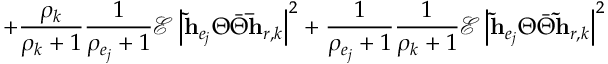
+ \frac { \rho _ { k } } { \rho _ { k } + 1 } \frac { 1 } { \rho _ { e _ { j } } + 1 } \mathscr { E } \left| \mathbf { \tilde { h } } _ { e _ { j } } \Theta \bar { \Theta } \mathbf { \bar { h } } _ { r , k } \right| ^ { 2 } + \frac { 1 } { \rho _ { e _ { j } } + 1 } \frac { 1 } { \rho _ { k } + 1 } \mathscr { E } \left| \mathbf { \tilde { h } } _ { e _ { j } } \Theta \bar { \Theta } \mathbf { \tilde { h } } _ { r , k } \right| ^ { 2 }